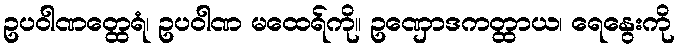
ဥပဝါဏတ္ထေရံ၊ ဥပဝါဏ မထေရ်ကို။ ဥဏှောဒကတ္ထာယ၊ ရေနွေးကို